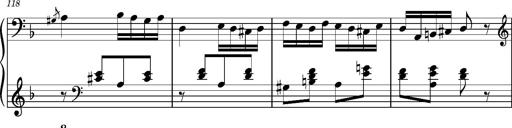
Title: Ungarischer Romanzero
Composer: Franz Liszt